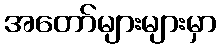
အတော်များများမှာ